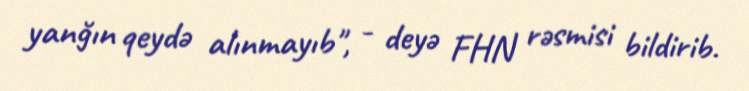
yanğın qeydə alınmayıb", - deyə FHN rəsmisi bildirib.